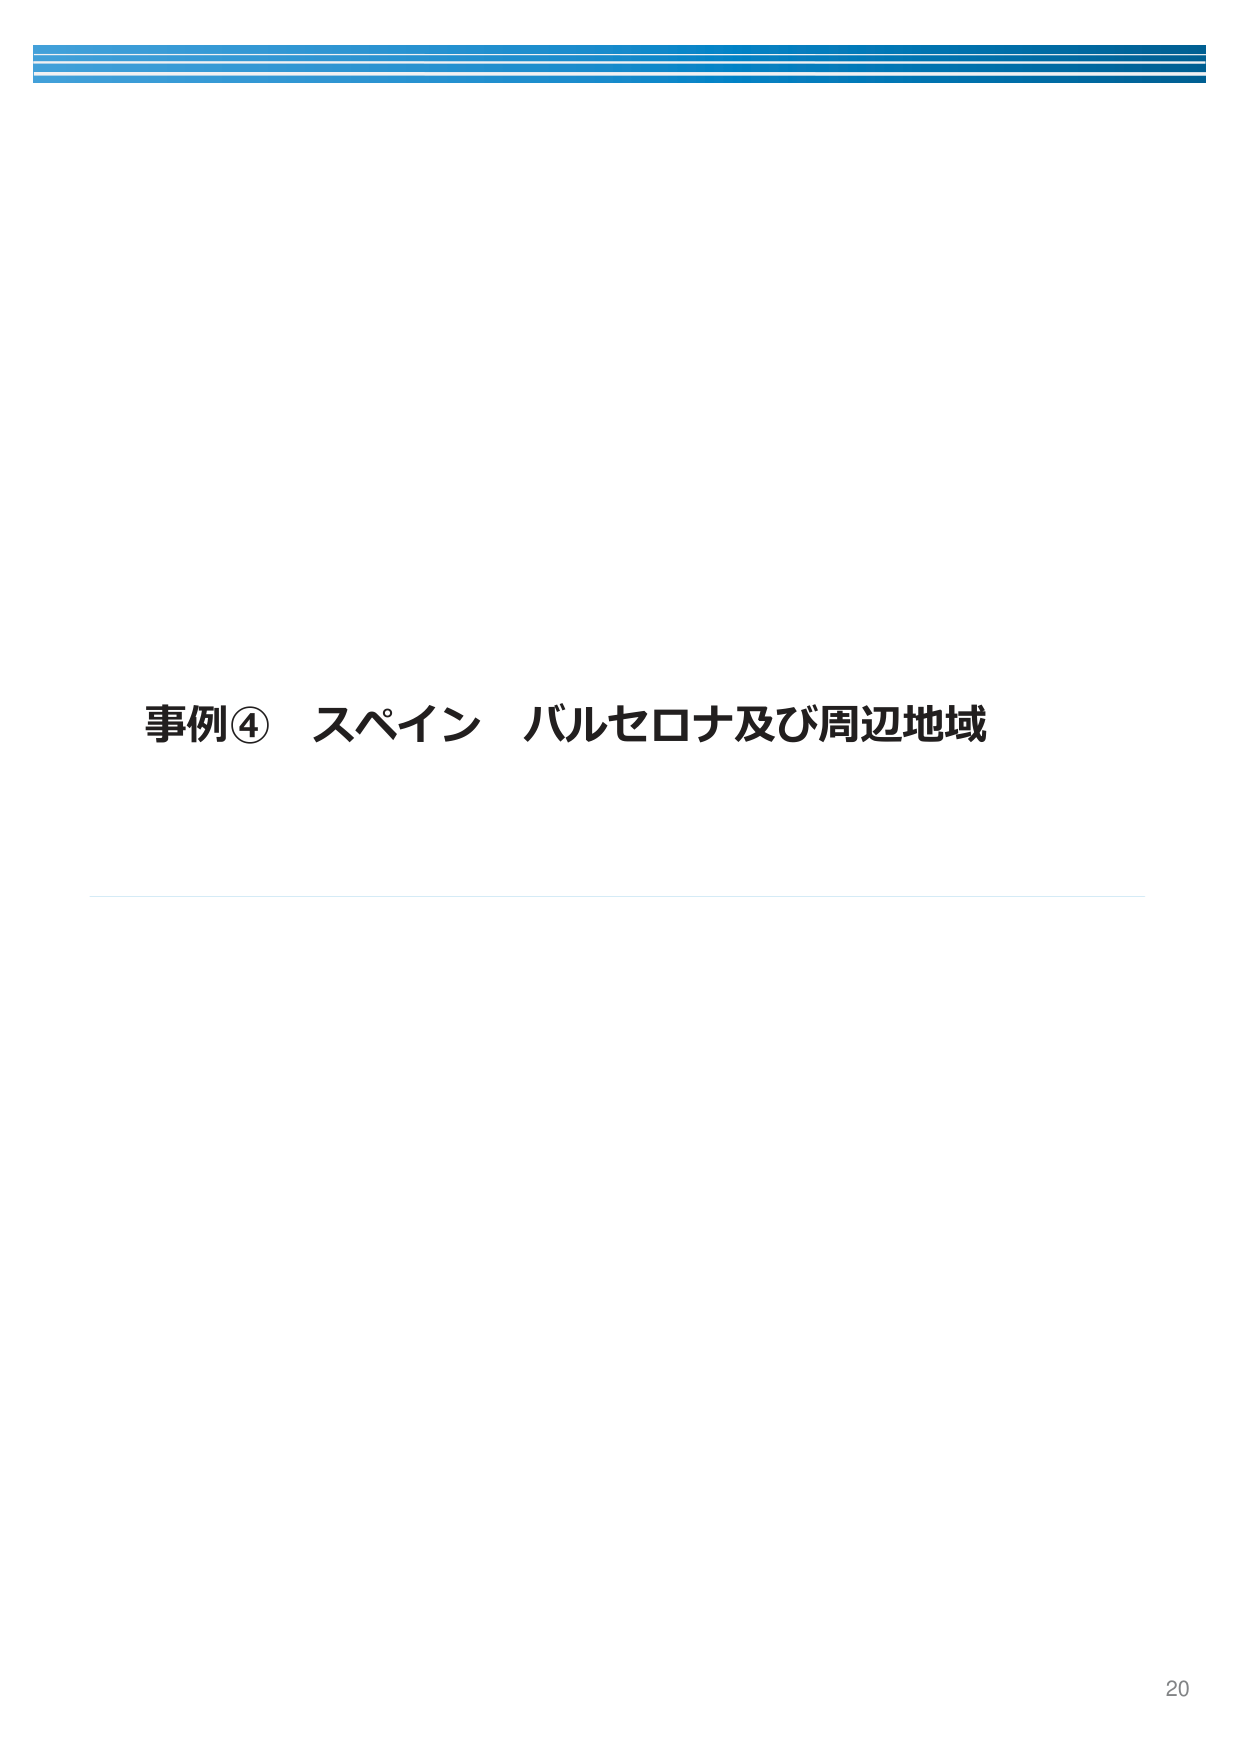
事例④ スペイン バルセロナ及び周辺地域
20